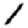
Digit: 1